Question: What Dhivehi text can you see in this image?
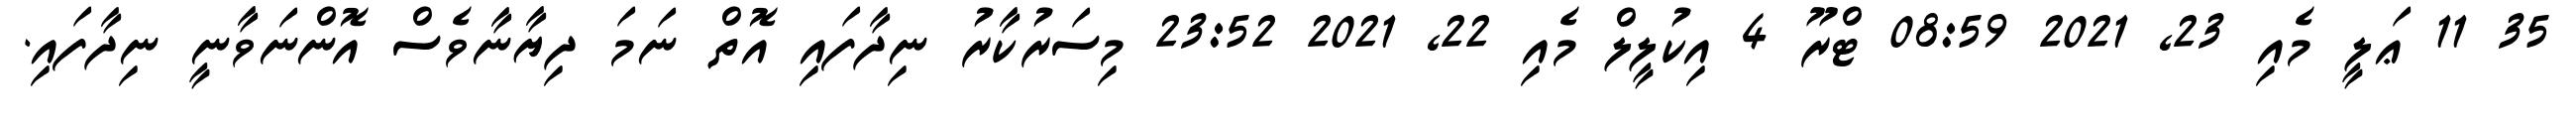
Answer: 35 11 ޢަލީ މެއި 23, 2021 08:59 ޓްރޫ 4 އިކުލީލް މެއި 22, 2021 23:52 މިސަރުކާރު ނިދާފައި އޮތް ނަމަ ދިޔާނާވެސް އޮންނަވާނީ ނިދާފައި.